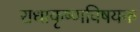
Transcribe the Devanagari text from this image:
राधाकृष्णविषयक